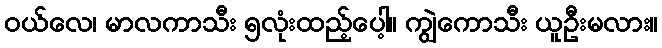
ဝယ်လေ၊ မာလကာသီး ၅လုံးထည့်ပေါ့။ ကျွဲကောသီး ယူဦးမလား။